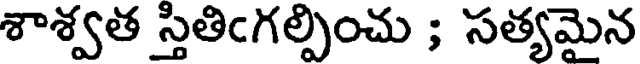
శాశ్వత స్తితిఁగల్పించు ; సత్యమైన